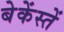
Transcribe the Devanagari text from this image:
बेकेंस्तें